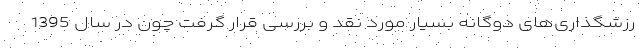
رزشگذاری‌های دوگانه بسیار مورد نقد و بررسی قرار گرفت چون در سال 1395